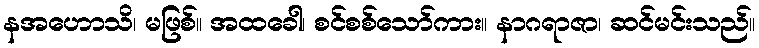
နအဟောသိ၊ မဖြစ်။ အထခေါ၊ စင်စစ်သော်ကား။ နာဂရာဇာ၊ ဆင်မင်းသည်။